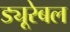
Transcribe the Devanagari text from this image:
ड्यूरेबल